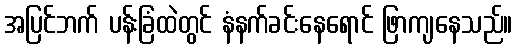
အပြင်ဘက် ပန်းခြံထဲတွင် နံနက်ခင်းနေရောင် ဖြာကျနေသည်။